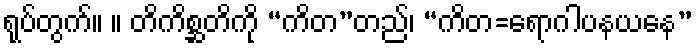
ရုပ်တွက်။ ။ တိကိစ္ဆတိကို “ကိတ”တည်၊ “ကိတ=ရောဂါပနယနေ”